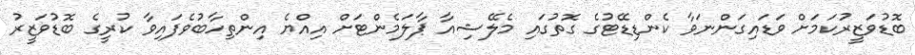
ބޮޑުވަޒީރުކަމަށް ވަޑައިގަންނަވާ ކެންޑިޑޭޓުގެ ގޮތުގައި މެލޭޝިއާ ޕާލަމެންޓަށް އިއްޔެ އިންތިހާބުވެފައިވާ ކުރީގެ ބޮޑުވަޒީރު